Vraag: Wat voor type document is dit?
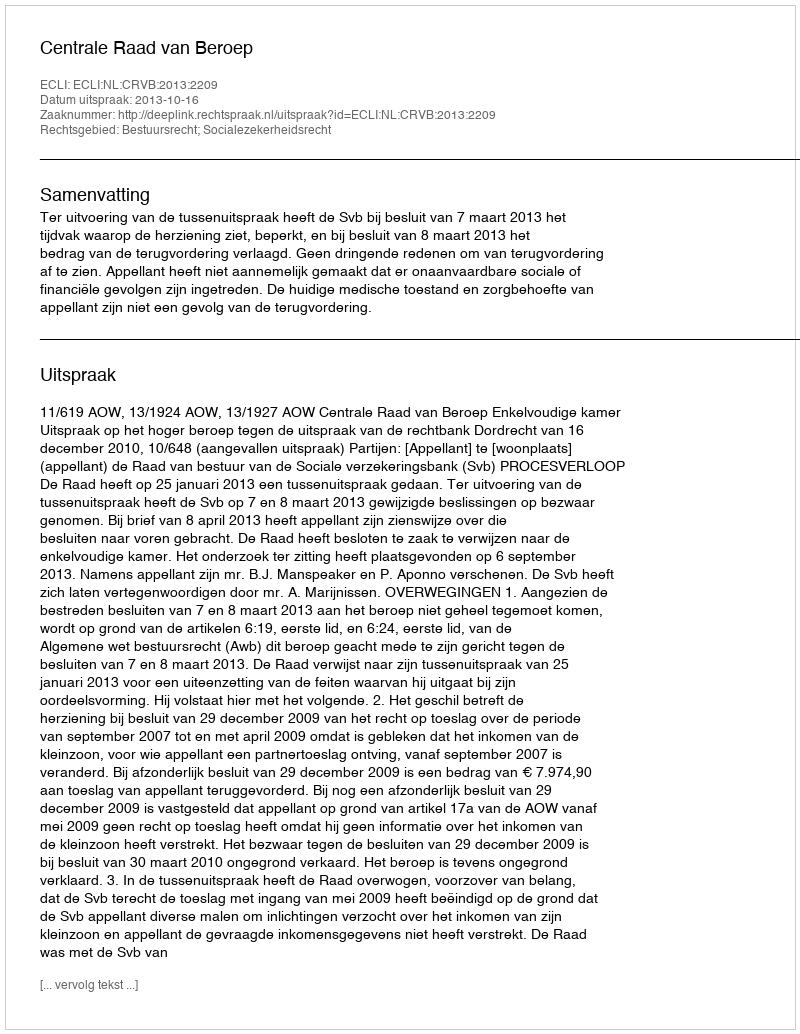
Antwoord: Uitspraak